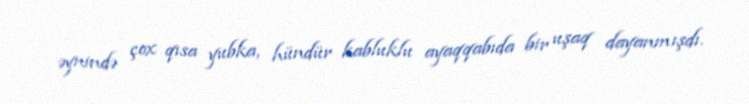
əynində çox qısa yubka, hündür kabluklu ayaqqabıda bir uşaq dayanmışdı.